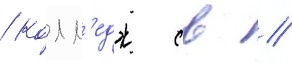
/ колл'едж св //